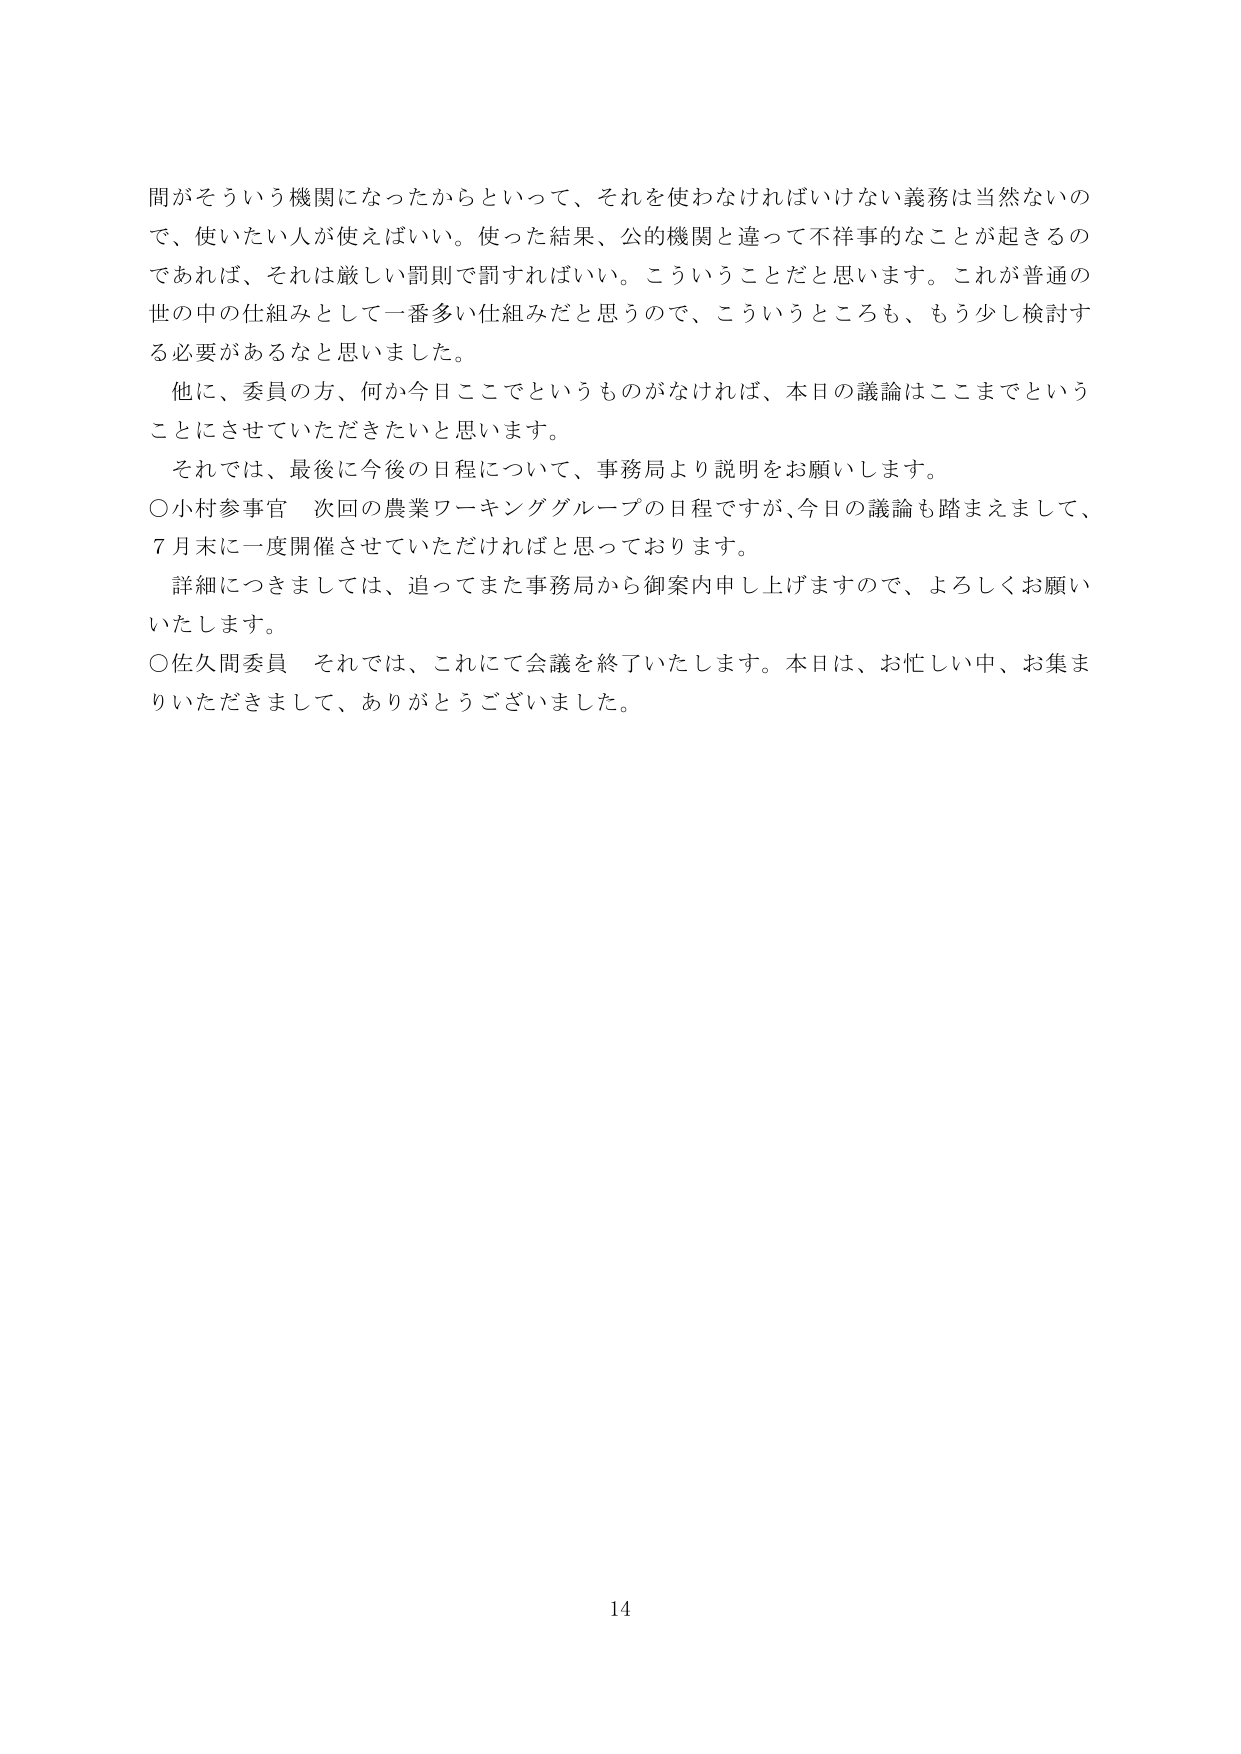
間がそういう機関になったからといって、それを使わなければならない義務は当然ないので、使いたい人が使えばいい。使った結果、公的機関と違って不祥事的なことが起きるのであれば、それは厳しい罰則で罰すればいい。こういうことだと思います。これが普通の世の中の仕組みとして一番多い仕組みだと思うので、こういうところも、もう少し検討する必要があるなと思いました。

他に、委員の方、何か今日ここでというものがなければ、本日の議論はここまでということにさせていただきたいと思います。

それでは、最後に今後の日程について、事務局より説明をお願いします。

○小村参事官　次回の農業ワーキンググループの日程ですが、今日の議論も踏まえまして、7月末に一度開催させていただければと思っております。

　詳細につきましては、追ってまた事務局から御案内申し上げますので、よろしくお願いいたします。

○佐久間委員　それでは、これにて会議を終了いたします。本日は、お忙しい中、お集まりいただきまして、ありがとうございました。

14